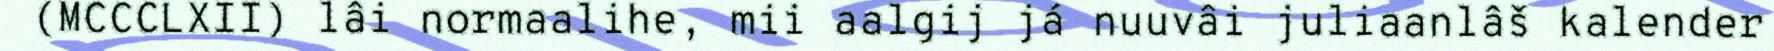
(MCCCLXII) lâi normaalihe, mii aalgij já nuuvâi juliaanlâš kalender